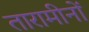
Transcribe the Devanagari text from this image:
तारामीनों